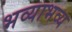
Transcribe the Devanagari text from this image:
भव्याभव्य